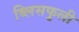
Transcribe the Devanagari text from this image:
ब्लिसफुली